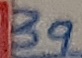
Text: 39